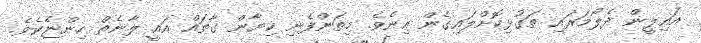
އައިލީން ދެލޯމަރައި ތަގުޅިކޮށްލައިގެން އިނެވެ. މިތަންފެނި ކިޔާން ގާތައް އަައީ ލާނެތް ހިންޏެކެވެ.